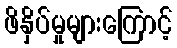
ဖိနှိပ်မှုများကြောင့်